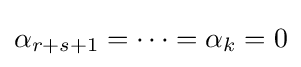
\alpha _{r+s+1}=\cdots =\alpha _{k}=0